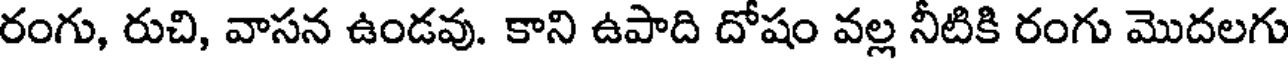
రంగు, రుచి, వాసన ఉండవు. కాని ఉపాది దోషం వల్ల నీటికి రంగు మొదలగు